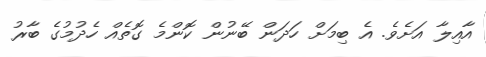
އާއިލާ އަށެވެ. އެ ބިމަށް ހަދަން ބޭނުން ކޮންމެ ގޮތެއް ހެދުމުގެ ބާރު